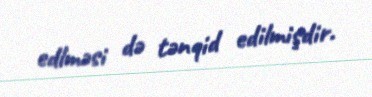
edlməsi də tənqid edilmişdir.